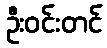
ဦးဝင်းတင်